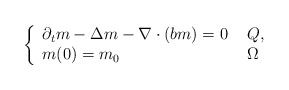
\begin{align*} \left\{\begin{array}{ll}\partial_t m - \Delta m - \nabla \cdot (bm) = 0 & ~Q, \\m(0) = m_0 & ~\Omega\end{array}\right.\end{align*}